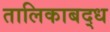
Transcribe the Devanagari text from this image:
तालिकाबद्ध